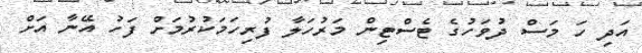
އަދި ހަ މަސް ދުވަހުގެ ޓެސްޓިން މަރުހަލާ ފުރިހަމަކުރުމަށް ފަހު އޭނާ އަށް